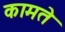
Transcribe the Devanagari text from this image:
कामते